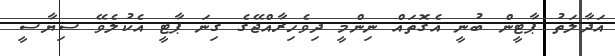
އަދާލަތު ޕާޓީން ބުނީ އެގޮތައް ނިންމީ ދިވެހިރާއްޖޭގެ ގިނަ ޕާޓީ އެކުލެވޭ ސިޔާސީ